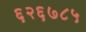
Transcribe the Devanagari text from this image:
६२६७८५